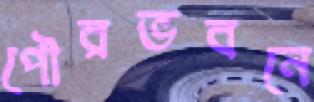
পৌরভবনে